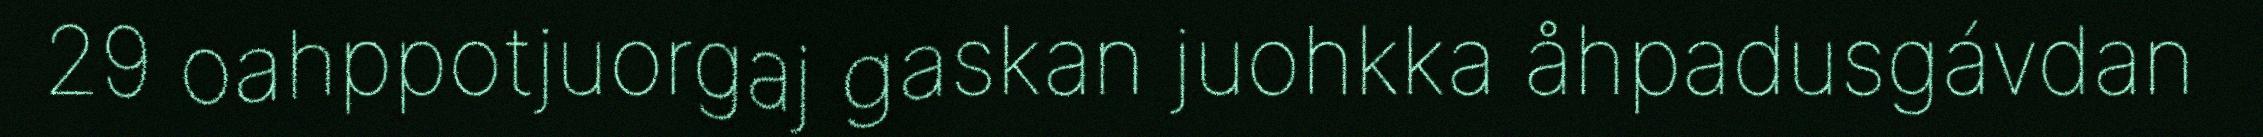
29 oahppotjuorgaj gaskan juohkka åhpadusgávdan